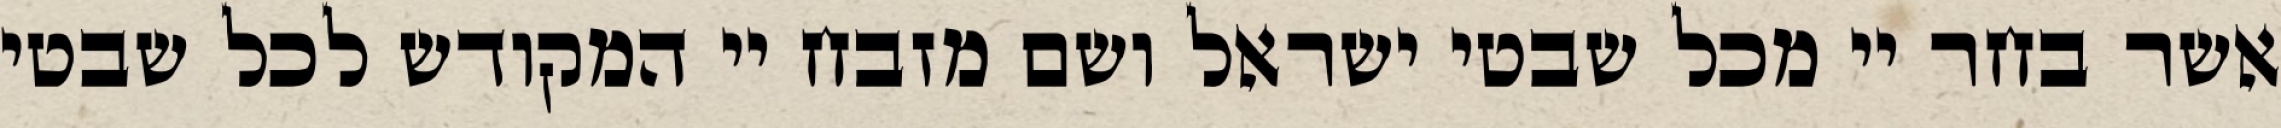
אשר בחר יי מכל שבטי ישראל ושם מזבח יי המקודש לכל שבטי